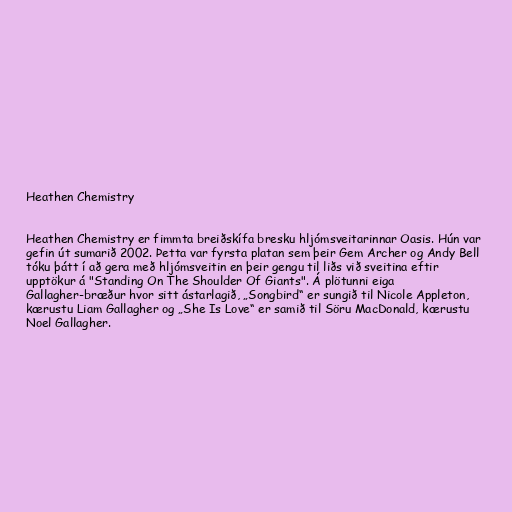
Heathen Chemistry

Heathen Chemistry er fimmta breiðskífa bresku hljómsveitarinnar Oasis. Hún var
gefin út sumarið 2002. Þetta var fyrsta platan sem þeir Gem Archer og Andy Bell
tóku þátt í að gera með hljómsveitin en þeir gengu til liðs við sveitina eftir
upptökur á "Standing On The Shoulder Of Giants". Á plötunni eiga
Gallagher-bræður hvor sitt ástarlagið, „Songbird“ er sungið til Nicole Appleton,
kærustu Liam Gallagher og „She Is Love“ er samið til Söru MacDonald, kærustu
Noel Gallagher.